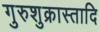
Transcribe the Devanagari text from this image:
गुरुशुक्रास्तादि